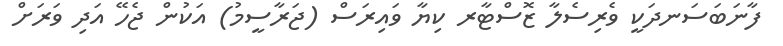
ފާނަބަސަނދަކީ ވެރިސެލާ ޒޮސްޓާރ ކިޔާ ވައިރަސް (ޖަރާސީމު) އަކުން ޖެހޭ އަދި ވަރަށް